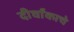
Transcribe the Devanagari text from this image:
दीर्घांकाचे